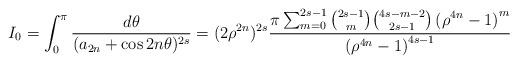
LaTeX: \begin{align*}I_0=\int_0^{\pi}\dfrac{d\theta}{(a_{2n}+\cos{2n\theta})^{2s}}=(2\rho^{2n})^{2s}\dfrac{\pi\sum_{m=0}^{2s-1}{2s-1 \choose m}{4s-m-2 \choose 2s-1}\left(\rho^{4n}-1\right)^m}{\left(\rho^{4n}-1\right)^{4s-1}}\end{align*}